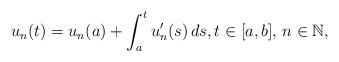
LaTeX: \begin{align*}u_n(t)=u_n(a)+\int^t_a{u'_n(s)\,ds},t\in[a,b],\, n\in\mathbb{N},\end{align*}